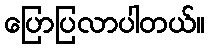
ပြောပြလာပါတယ်။